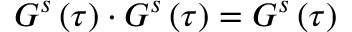
G ^ { s } \left( \tau \right) \cdot G ^ { s } \left( \tau \right) = G ^ { s } \left( \tau \right)